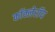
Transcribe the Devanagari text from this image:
कॉक्लेरॉय